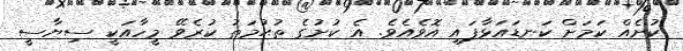
ކުށެއް ކަމަށް ކަނޑައަޅާފައި އޮވެއެވެ. އެ ކުށުގެ ތުޙުމަތު ކުރެވޭ މީހާއަކީ ސިޔާސީ